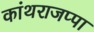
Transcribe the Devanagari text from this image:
कांथराजप्पा